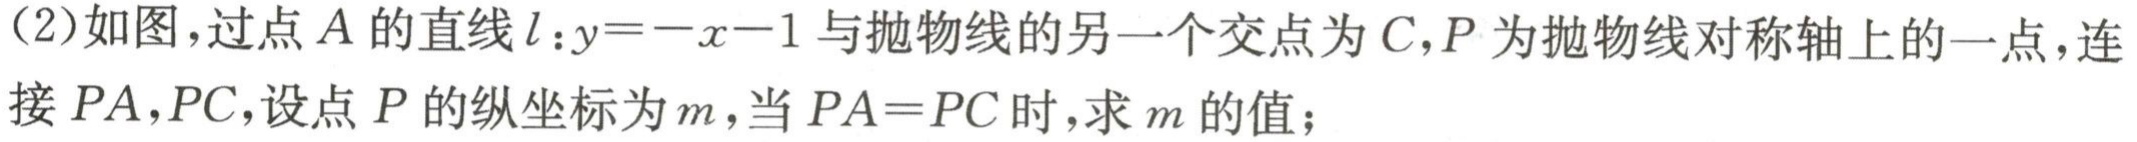
(2)如图，过点\(A\)的直线\(l:y = -x - 1\)与抛物线的另一个交点为\(C\)，\(P\)为抛物线对称轴上的一点，连接\(PA,PC\)，设点\(P\)的纵坐标为\(m\)，当\(PA = PC\)时，求\(m\)的值；